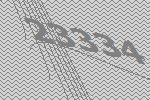
23334